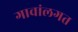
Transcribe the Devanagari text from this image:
गावांलगत